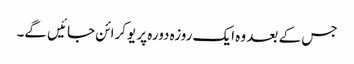
جس کے بعد وہ ایک روزہ دورہ پر یوکرائن جائیں گے۔